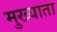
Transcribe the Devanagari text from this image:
मुख्याता